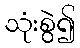
သုံးစွဲ၍